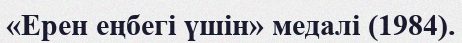
«Ерен еңбегі үшін» медалі (1984).